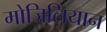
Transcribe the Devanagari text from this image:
मोजिलियान